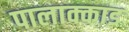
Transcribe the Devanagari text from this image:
पालाक्काड